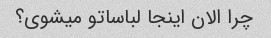
چرا الان اینجا لباساتو میشوی؟